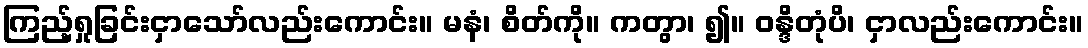
ကြည့်ရှုခြင်းငှာသော်လည်းကောင်း။ မနံ၊ စိတ်ကို။ ကတွာ၊ ၍။ ဝန္ဒိတုံပိ၊ ငှာလည်းကောင်း။